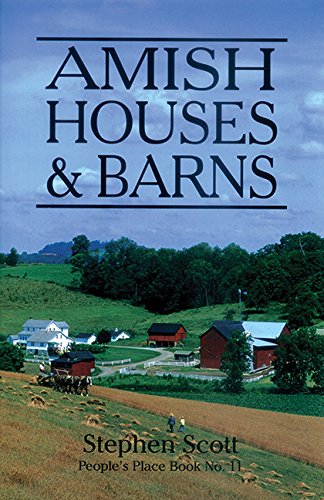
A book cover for Amish Houses &  Barns (People's Place Book #11); Stephen Scott; Christian Books & Bibles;